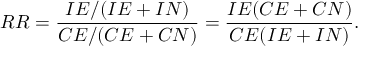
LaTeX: R R = { \frac { I E / ( I E + I N ) } { C E / ( C E + C N ) } } = { \frac { I E ( C E + C N ) } { C E ( I E + I N ) } } .